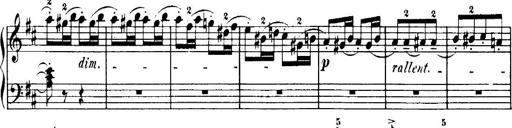
Title: 7 Sonatinas
Composer: Anton Diabelli